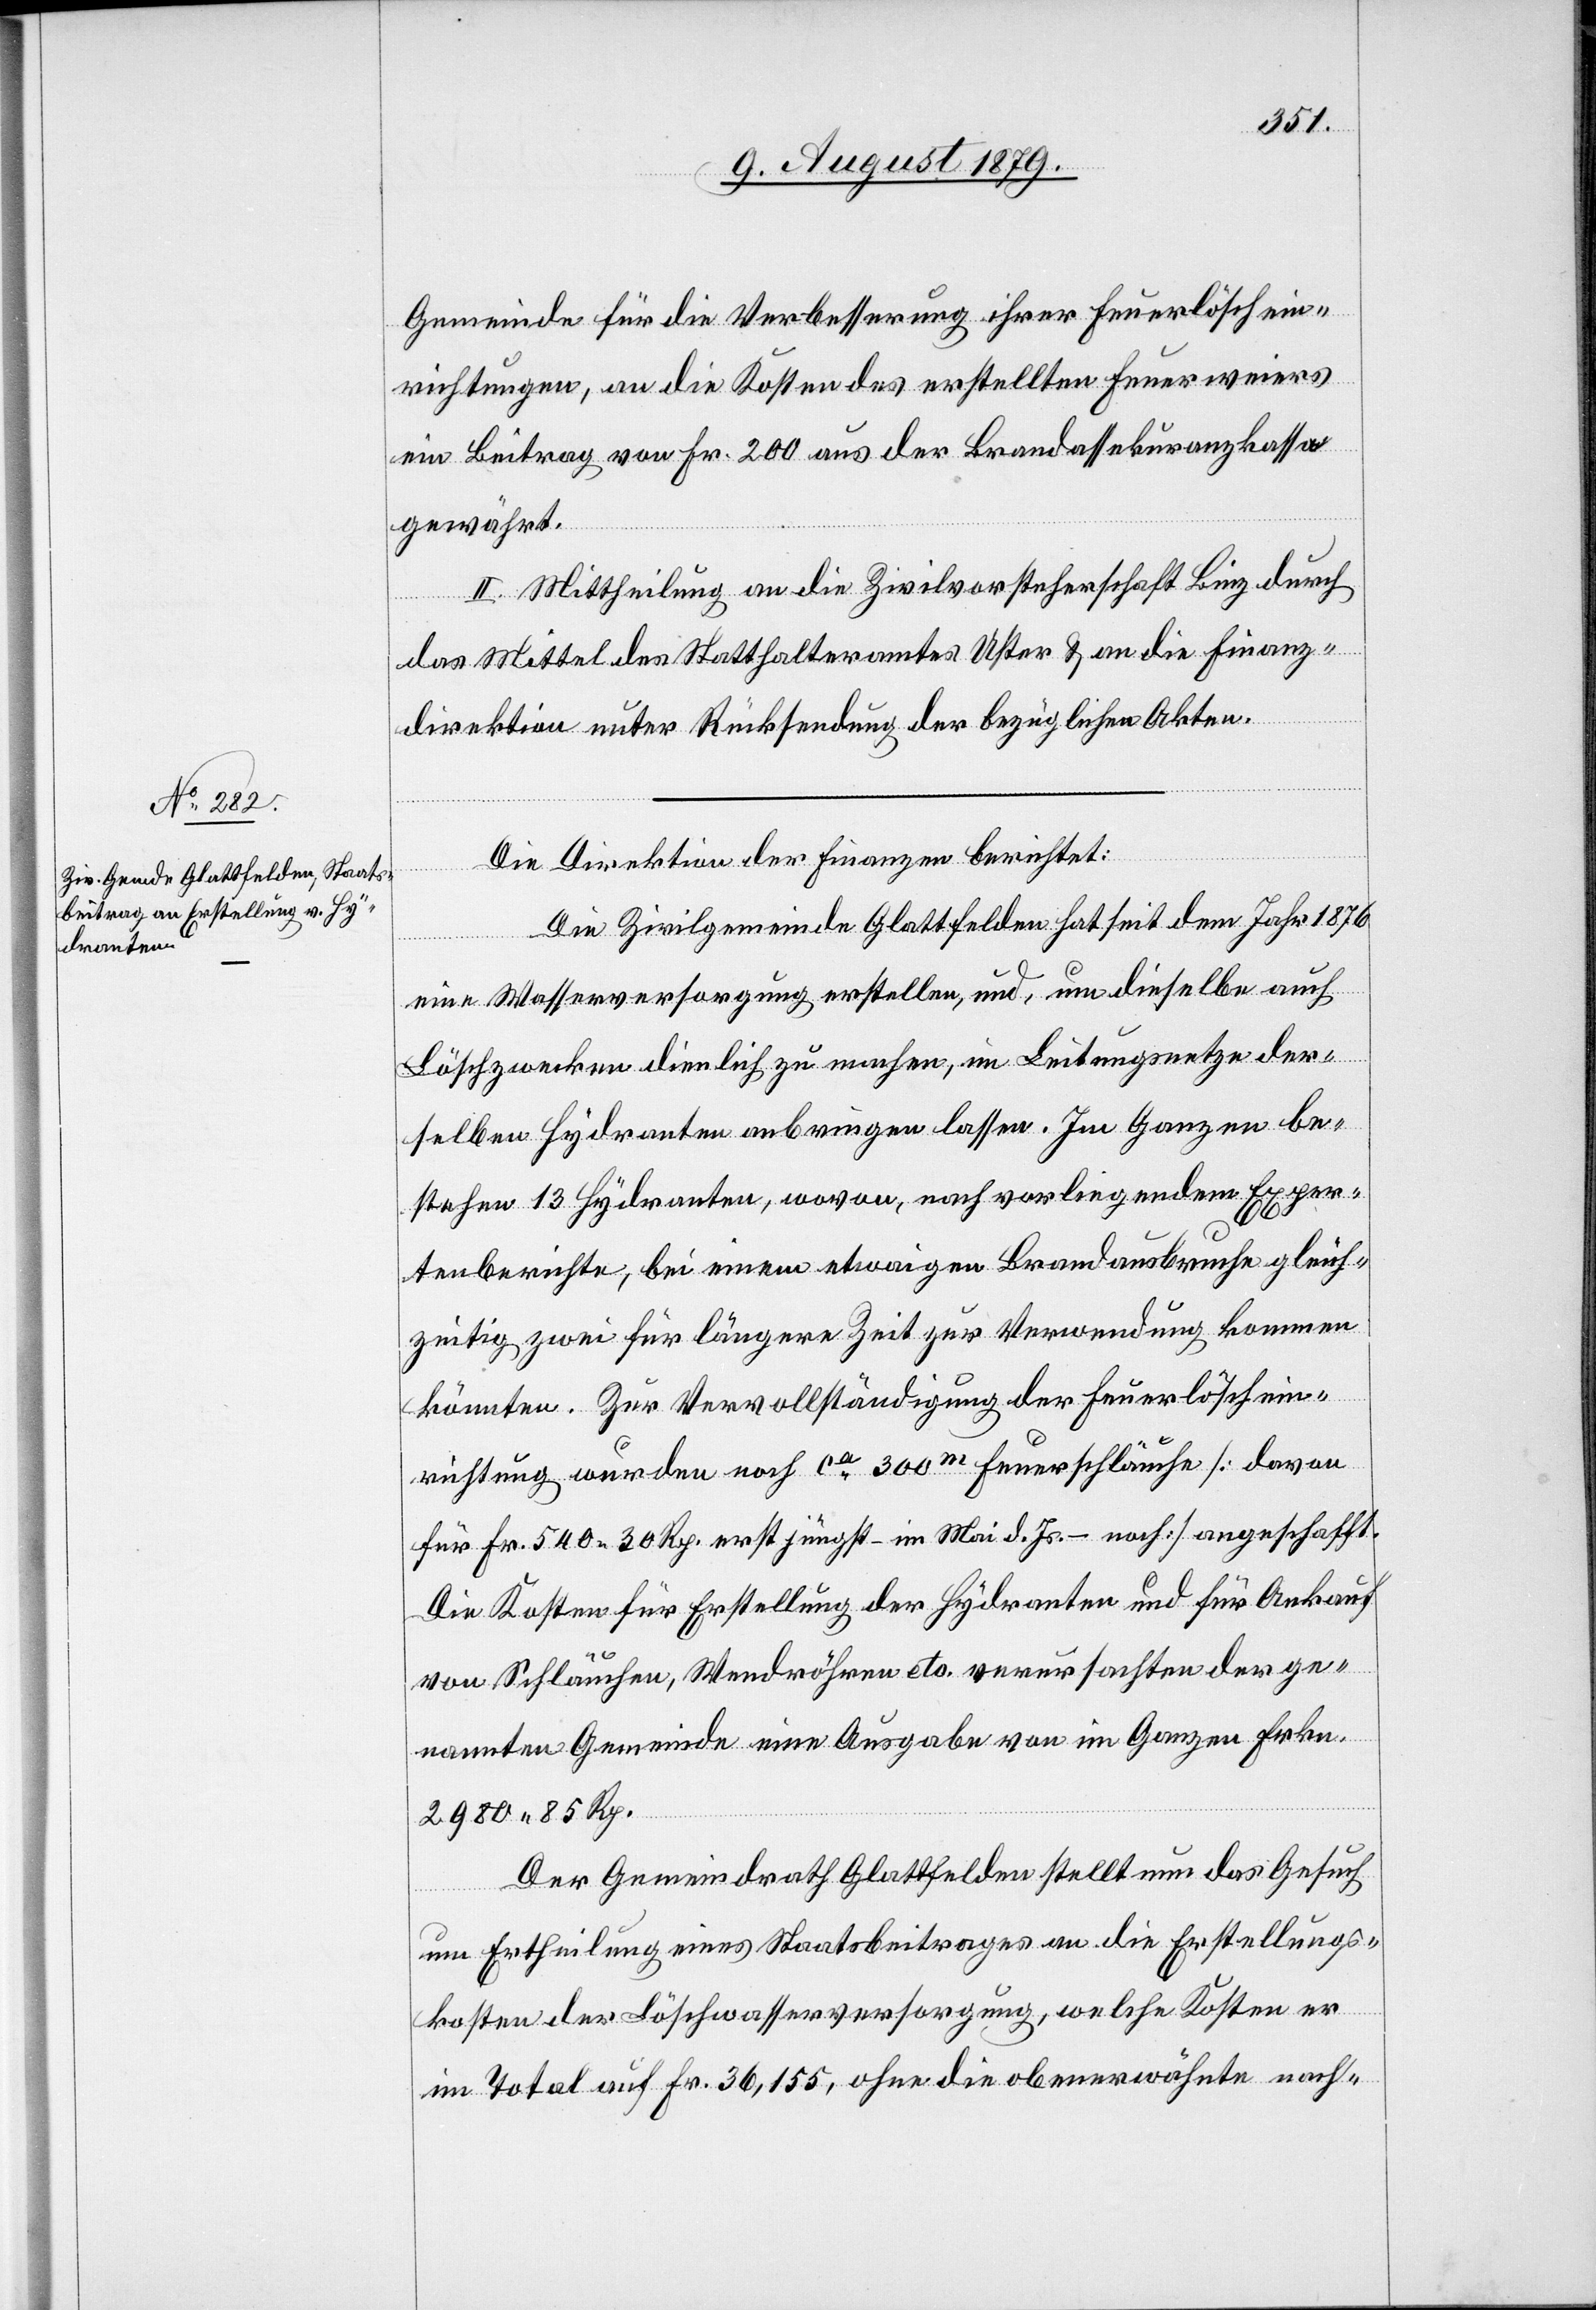
Gemeinde für die Verbesserung ihrer Feuerlöschein¬
richtungen, an die Kosten des erstellten Feuerweiers
ein Beitrag von Fr. 200 aus der Brandassekuranzkassa
gewährt.
II. Mittheilung an die Zivilvorsteherschaft Binz durch
das Mittel des Statthalteramtes Uster & an die Finanz¬
direktion unter Rücksendung der bezüglichen Akten.
Die Direktion der Finanzen berichtet:
Die Zivilgemeinde Glattfelden seit dem Jahr 1876
eine Wasserversorgung erstellen, und, um dieselbe auch
Löschzwecken dienlich zu machen, im Leitungsnetze der¬
selben Hydranten anbringen lassen. Im Ganzen be¬
stehen 13 Hydranten, wovon, nach vorliegendem Exper¬
tenberichte, bei einem etwaigen Brandausbruche gleich¬
zeitig zwei für längere Zeit zur Verwendung kommen
könnten. Zur Vervollständigung der Feuerlöschein¬
richtung wurden noch ca 300m Feuerschläuche [davon
für Fr. 540 30 Rp. erst jüngst – im Mai d. Js. – noch] angeschafft.
Die Kosten für Erstellung der Hydranten und für Ankauf
von Schläuchen, Wendröhren etc. verursachten der ge¬
nannten Gemeinde eine Ausgabe von im Ganzen Frkn.
2980 85 Rp.
Der Gemeindrath Glattfelden stellt nun das Gesuch
um Ertheilung eines Staatsbeitrages an die Erstellungs¬
kosten der Löschwasserversorgung, welche Kosten er
im Total auf Fr. 36,155, ohne die obenerwähnte nach-